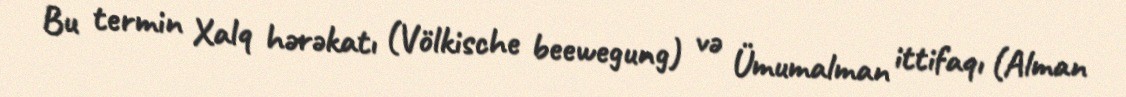
Bu termin Xalq hərəkatı (Völkische beewegung) və Ümumalman ittifaqı (Alman